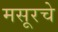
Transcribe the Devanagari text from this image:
मसूरचे